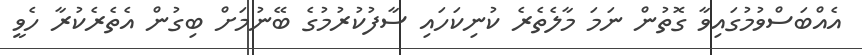
އެއްބަސްވުމުގައިވާ ގޮތުން ނަމަ މާލެތެރެ ކުނިކަހައި ސާފުކުރުމުގެ ބޭނުމަށް ބިގުން އެތެރެކުރާ ހެވީ